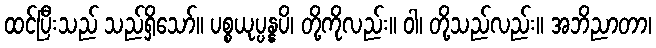
ထင်ပြီးသည် သည်ရှိသော်။ ပစ္စယုပ္ပန္နပိ၊ တို့ကိုလည်း။ ဝါ၊ တို့သည်လည်း။ အဘိညာတာ၊